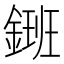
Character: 𨫄